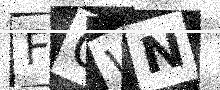
Text: FOWN